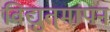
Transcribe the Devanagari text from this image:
विद्युत्‌मापन